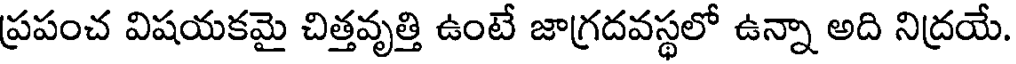
ప్రపంచ విషయకమై చిత్తవృత్తి ఉంటే జాగ్రదవస్థలో ఉన్నా అది నిద్రయే.